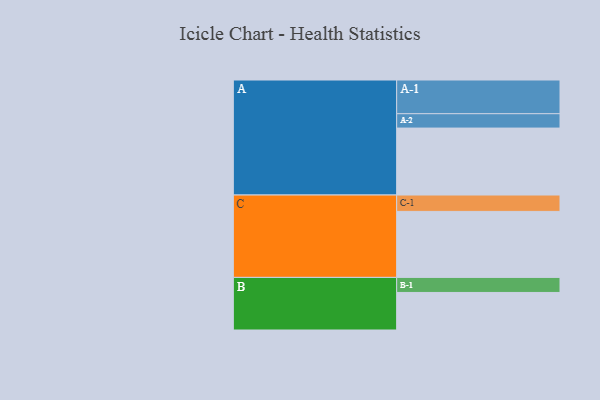
{"axis": {"x": "Segment", "y": "Value"}, "legend": ["", "A", "B", "C"], "data": [{"x": "A", "y": 560, "type": ""}, {"x": "B", "y": 314, "type": ""}, {"x": "C", "y": 552, "type": ""}, {"x": "A-1", "y": 282, "type": "A"}, {"x": "A-2", "y": 120, "type": "A"}, {"x": "B-1", "y": 126, "type": "B"}, {"x": "C-1", "y": 137, "type": "C"}]}